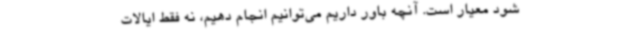
شود معیار است. آنچه باور داریم می‌توانیم انجام دهیم، نه فقط ایالات